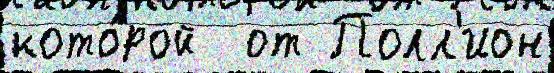
кото́рой  от Полл'ион